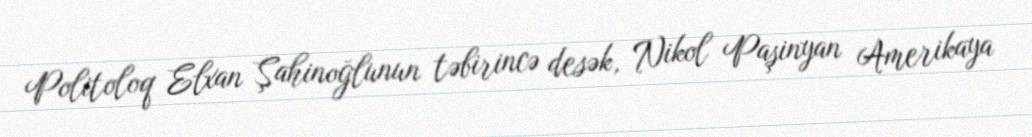
Politoloq Elxan Şahinoğlunun təbirincə desək, Nikol Paşinyan Amerikaya